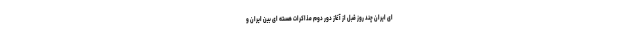
ای ایران چند روز قبل از آغاز دور دوم مذاکرات هسته ای بین ایران و